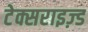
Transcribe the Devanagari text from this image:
टेक्सराइज़्ड